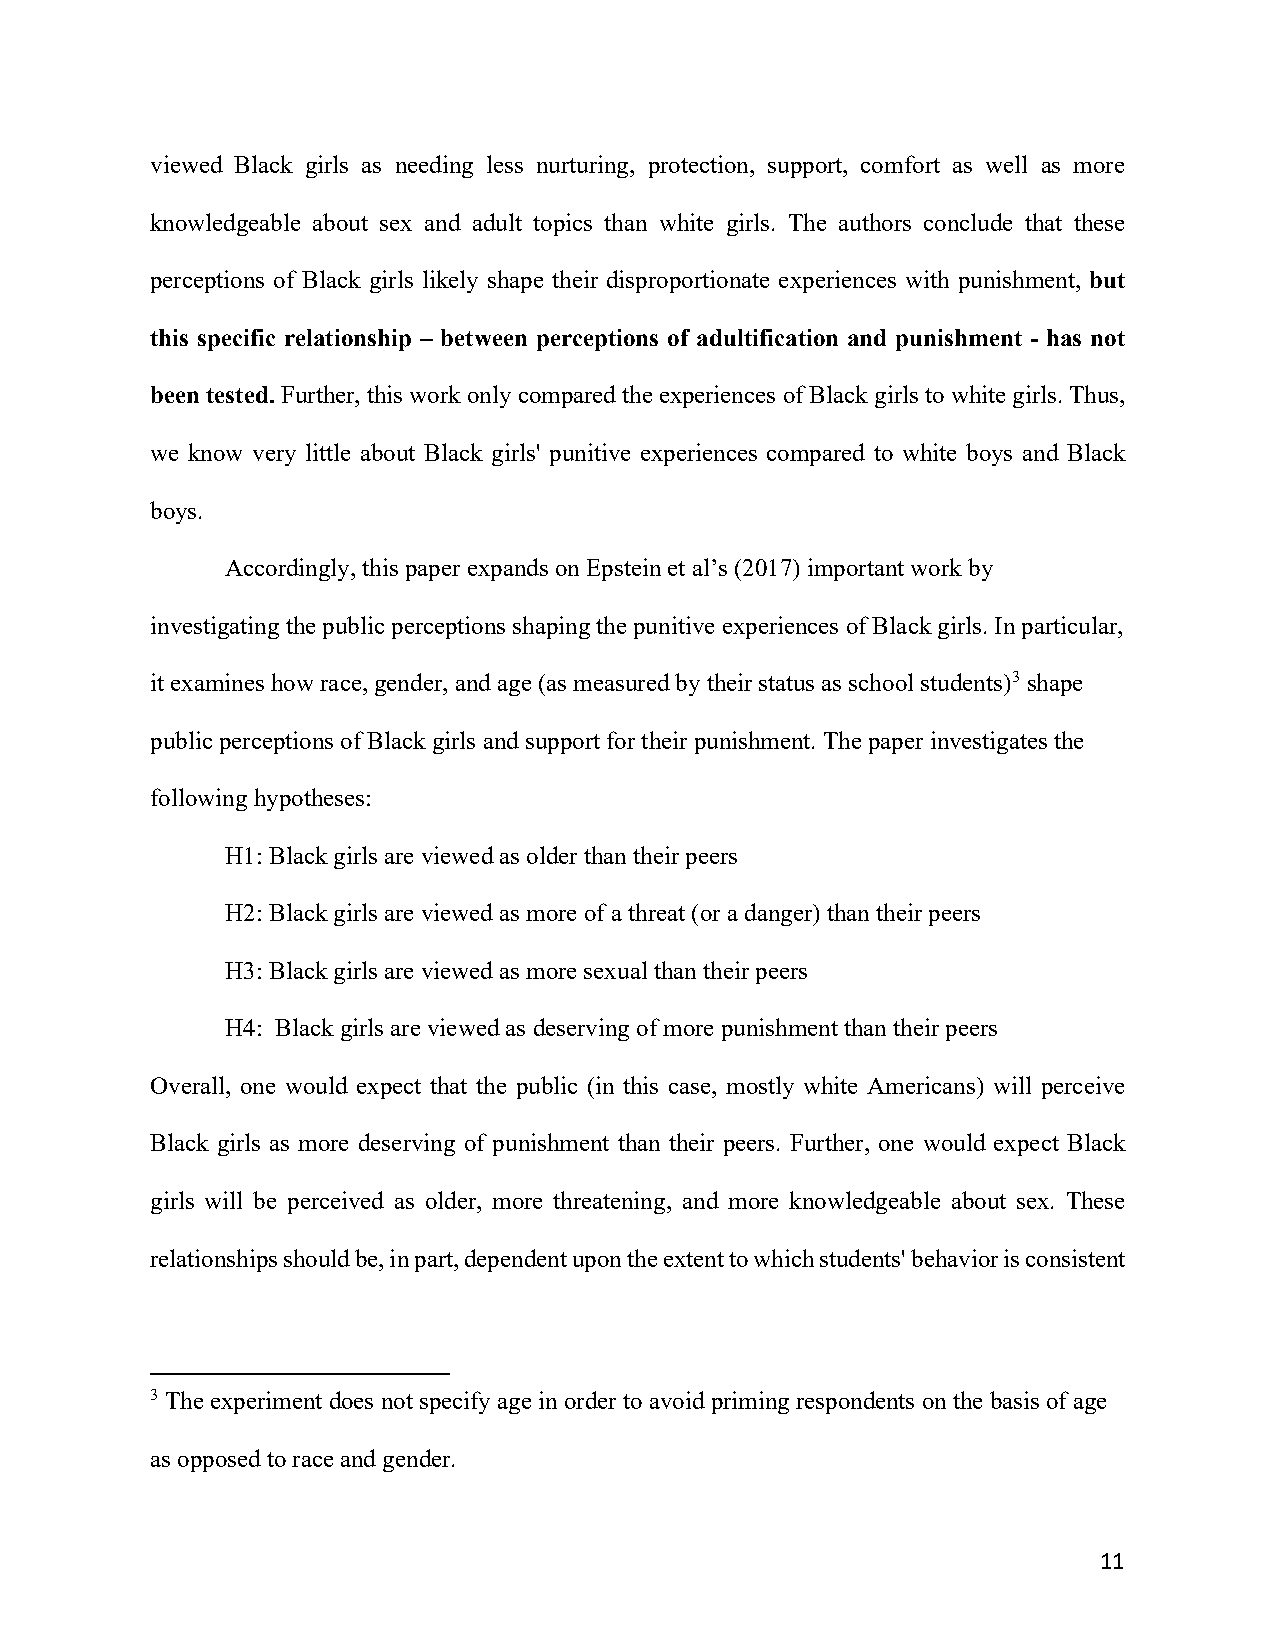
viewed Black girls as needing less nurturing, protection, support, comfort as well as more
 knowledgeable about sex and adult topics than white girls. The authors conclude that these
 perceptions of Black girls likely shape their disproportionate experiences with punishment, but
 this specific relationship – between perceptions of adultification and punishment - has not
 been tested. Further, this work only compared the experiences of Black girls to white girls. Thus,
 we know very little about Black girls' punitive experiences compared to white boys and Black
 boys.
 Accordingly, this paper expands on Epstein et al’s (2017) important work by
 investigating the public perceptions shaping the punitive experiences of Black girls. In particular,
 it examines how race, gender, and age (as measured by their status as school students)3 shape
 public perceptions of Black girls and support for their punishment. The paper investigates the
 following hypotheses:
 H1: Black girls are viewed as older than their peers
 H2: Black girls are viewed as more of a threat (or a danger) than their peers
 H3: Black girls are viewed as more sexual than their peers
 H4: Black girls are viewed as deserving of more punishment than their peers
 Overall, one would expect that the public (in this case, mostly white Americans) will perceive
 Black girls as more deserving of punishment than their peers. Further, one would expect Black
 girls will be perceived as older, more threatening, and more knowledgeable about sex. These
 relationships should be, in part, dependent upon the extent to which students' behavior is consistent
 3 The experiment does not specify age in order to avoid priming respondents on the basis of age
 as opposed to race and gender.
 11